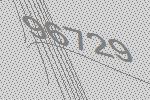
96729